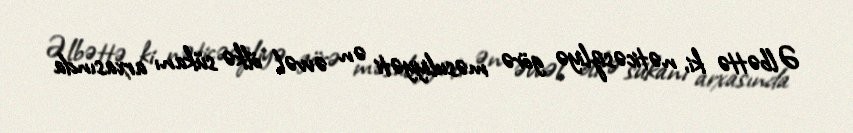
Əlbəttə ki, nəticəsizliyə görə məsuliyyəti ən əvvəl ölkə sükanı arxasında